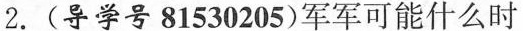
2.(导学号81530205)军军可能什么时